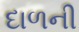
દાળની